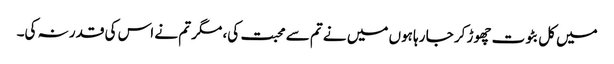
میں کل بٹوت چھوڑ کر جا رہا ہوں میں نے تم سے محبت کی، مگر تم نے اس کی قدر نہ کی۔